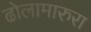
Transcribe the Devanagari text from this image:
ढोलामारुरा